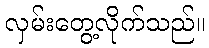
လှမ်းတွေ့လိုက်သည်။